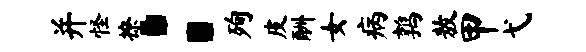
并怪撩：殉皮酬女病鹑敖甲弋